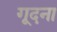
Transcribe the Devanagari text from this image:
गूदना